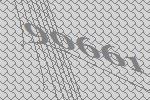
90661